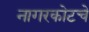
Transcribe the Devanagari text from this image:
नागरकोटचे